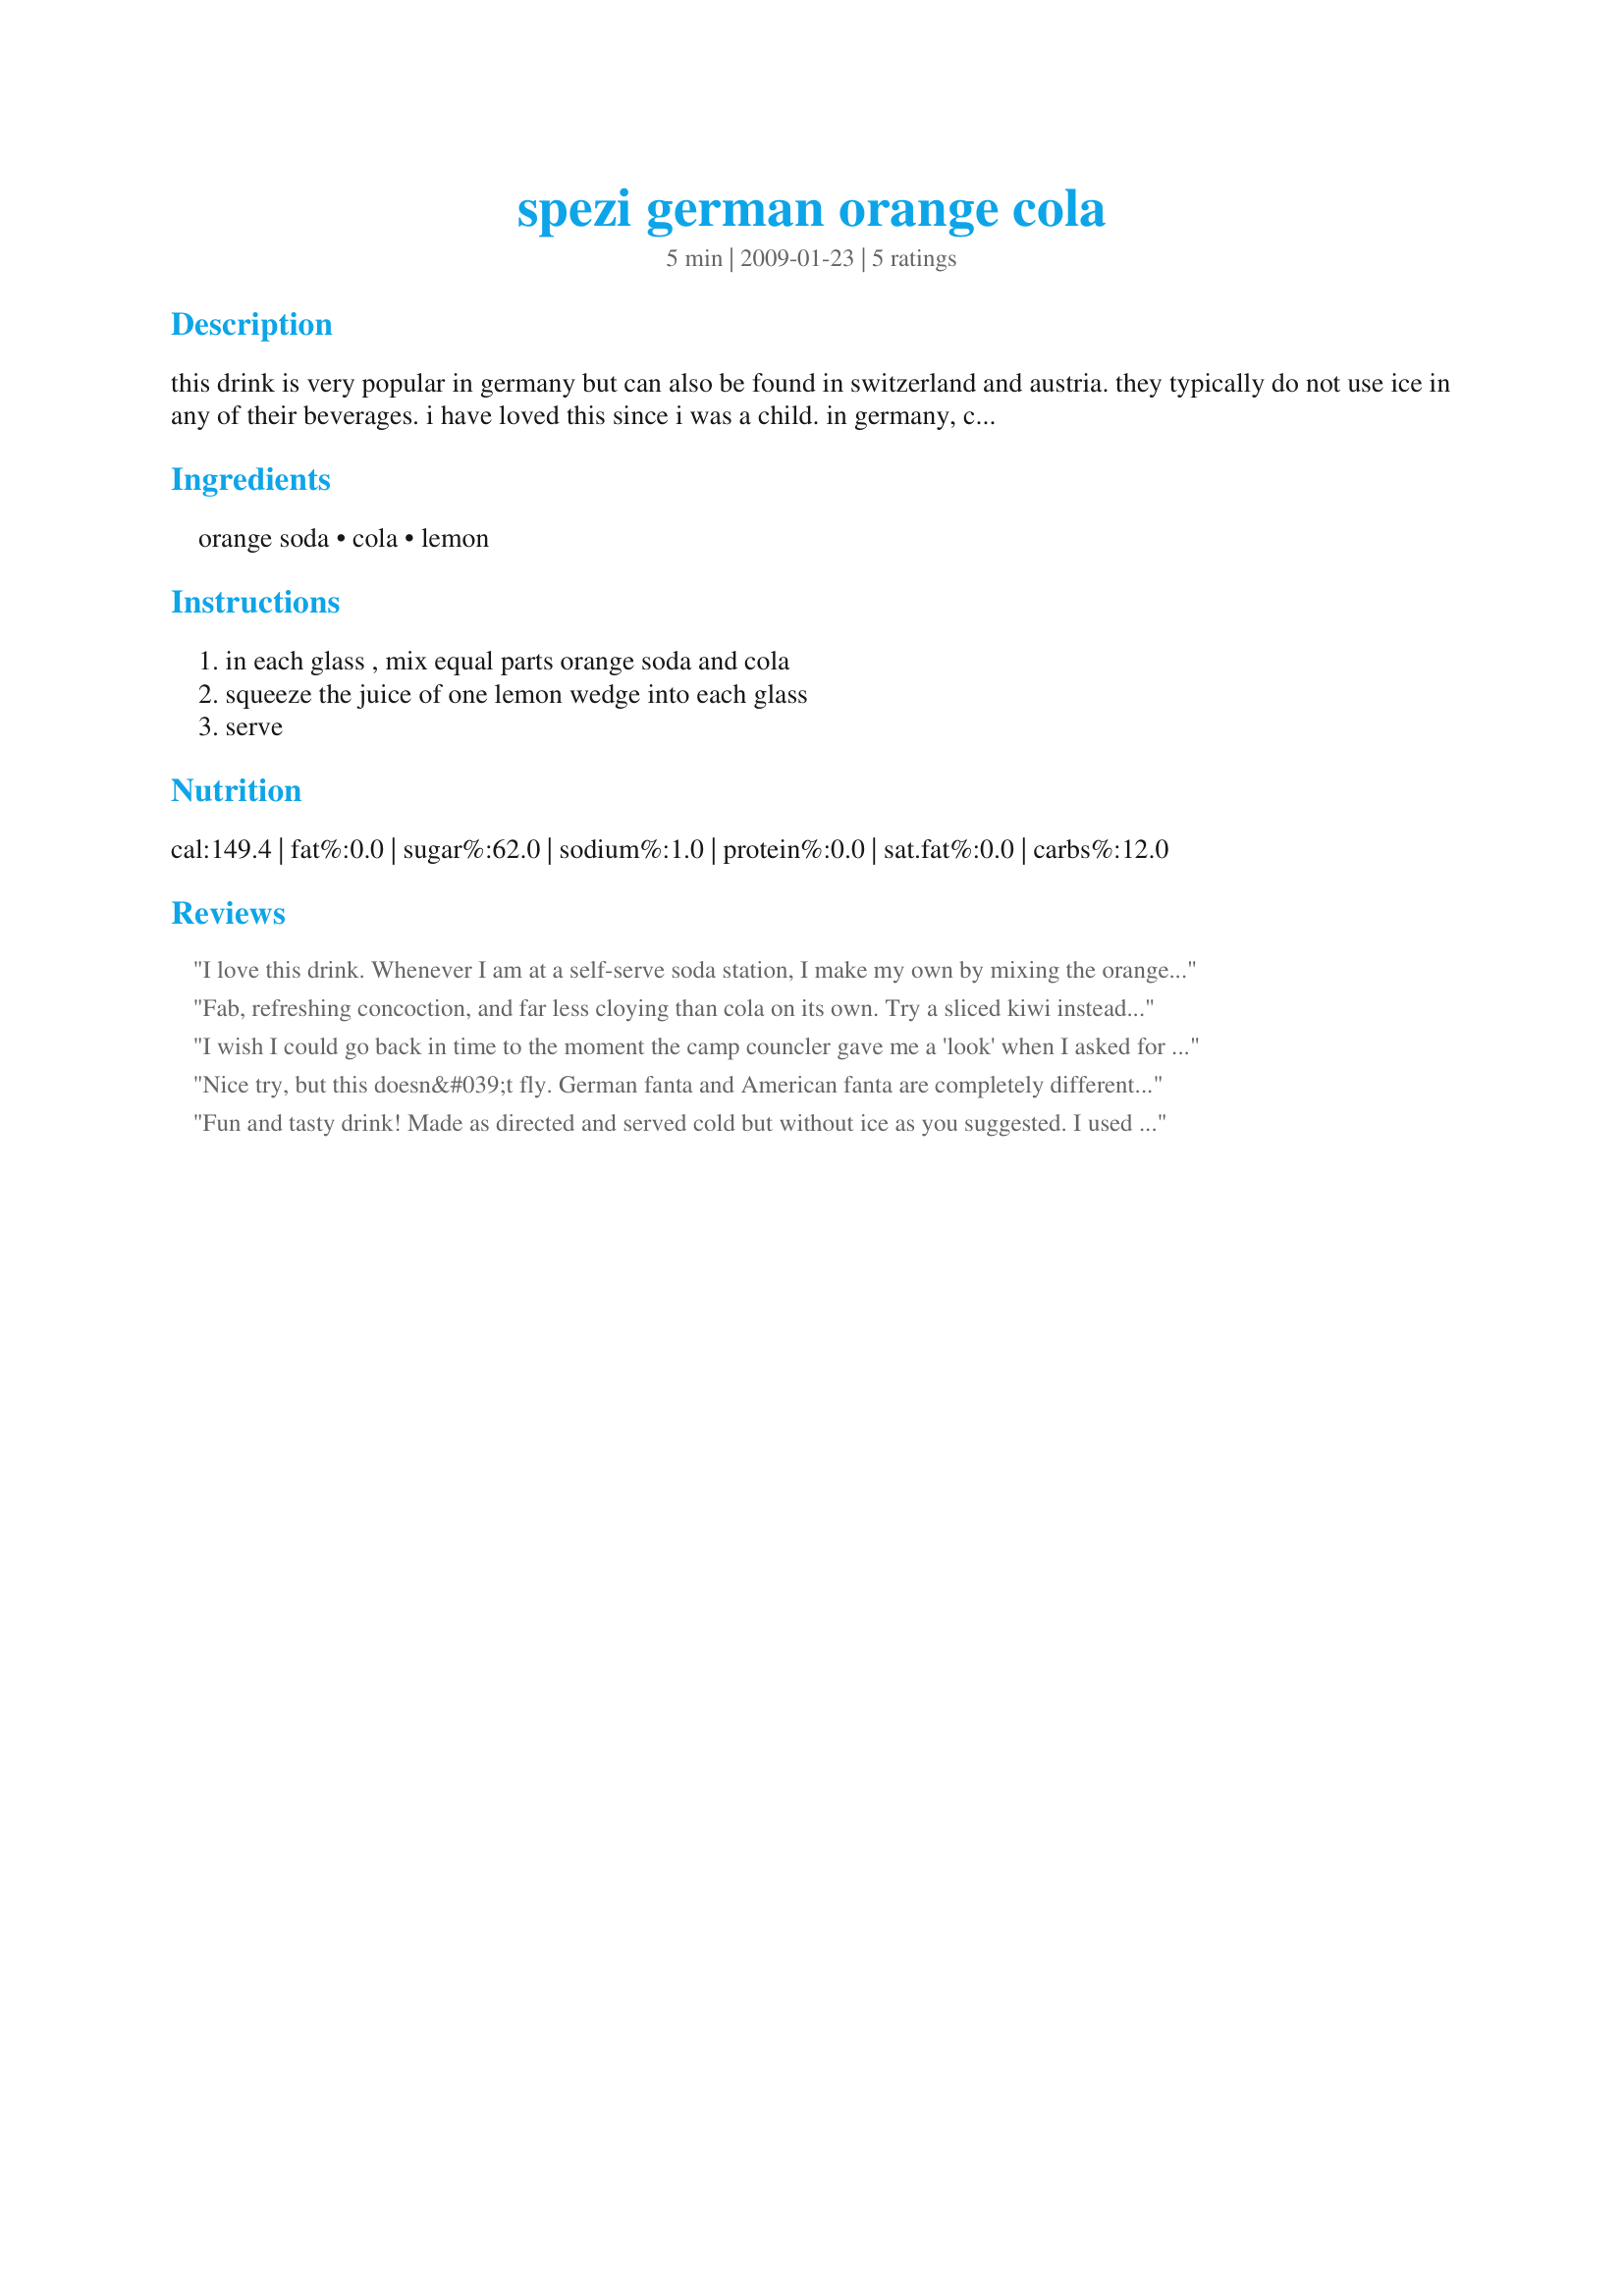
spezi german orange cola
Preparation time: 5 minutes

this drink is very popular in germany but can also be found in switzerland and austria. they typically do not use ice in any of their beverages. i have loved this since i was a child. in germany, coca-cola sells spezi in cans called mezzo-mix.

Ingredients:
orange soda, cola, lemon

Steps:
in each glass , mix equal parts orange soda and cola, squeeze the juice of one lemon wedge into each glass, serve

Reviews:
I love this drink. Whenever I am at a self-serve soda station, I make my own by mixing the orange soda and the coke and adding a lemon wedge. I've made a fan from several of my friends.
Fab, refreshing concoction, and far less cloying than cola on its own. Try a sliced kiwi instead of the lemon for a slightly different variation. I&#039;m also mulling over the addition of a splash of vodka lol...

One thing I&#039;ve not figured out though, is that when presented abroad it comes out as a &#039;layered&#039; drink, which is nicely visually dramatic - my young son particularly appreciates it! I&#039;ve thus far failed to recreate this at home... any thoughts? :-/ &macr;_(?)_/&macr;
I wish I could go back in time to the moment the camp councler gave me a 'look' when I asked for half coke half orange...I had no idea this was something 'real.'
Nice try, but this doesn&#039;t fly. German fanta and American fanta are completely different beverages. German fanta is basically carbonated orange juice while American fanta is disgusting cheeto-colored fizz. German orange soda is difficult to find in the US so I was hoping this recipe would have a work around... Obviously, I was wrong. This is not spezi. This is kind of gross.
Fun and tasty drink! Made as directed and served cold but without ice as you suggested. I used diet coke and orange soda with good results. Different and refreshing - thanks for sharing the recipe!
